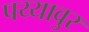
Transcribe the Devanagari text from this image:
पय्यावुर